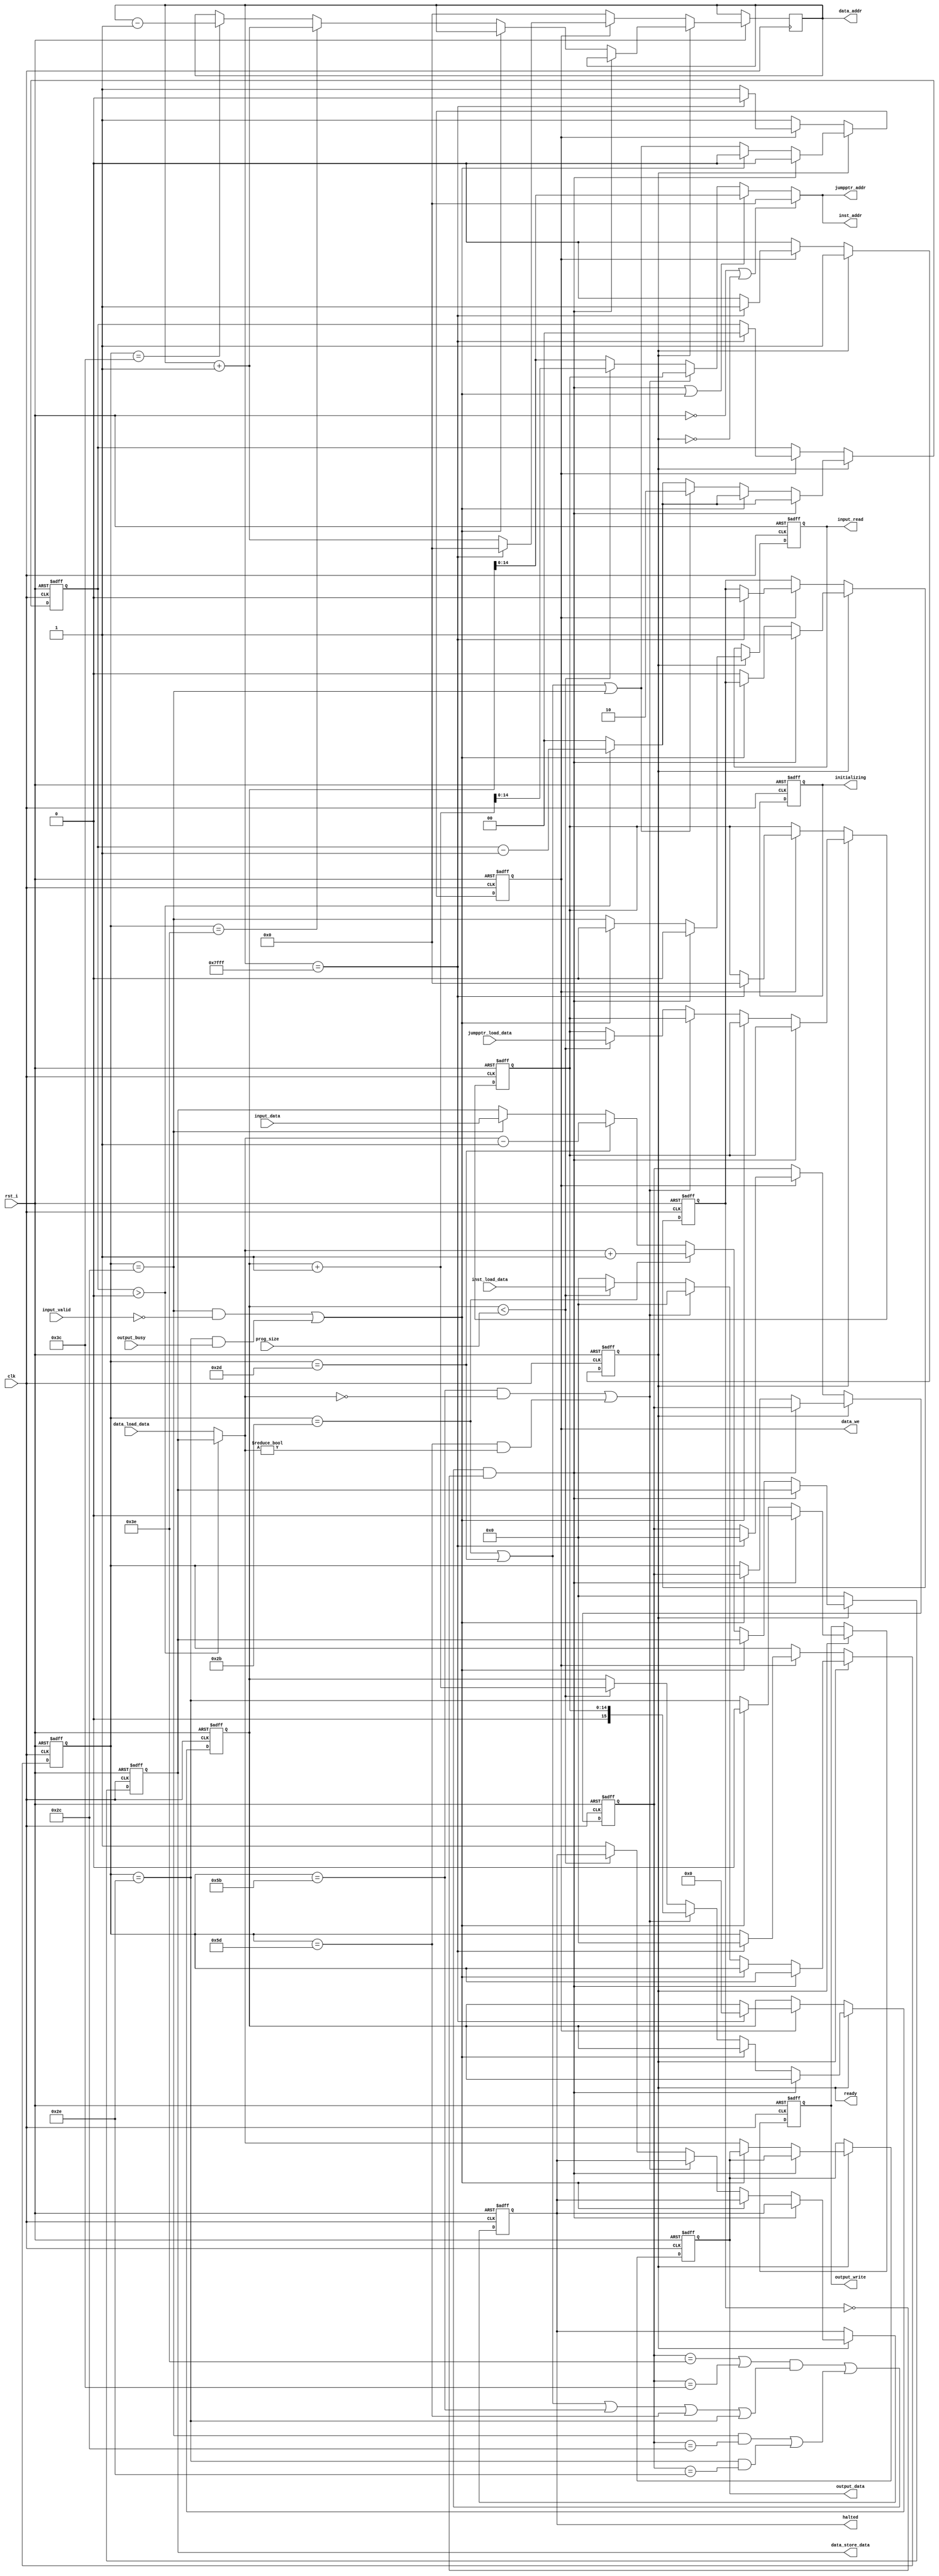
/*
Copyright (c) 2016 MikeCAT

Permission is hereby granted, free of charge, to any person obtaining a copy
of this software and associated documentation files (the "Software"), to
deal in the Software without restriction, including without limitation the
rights to use, copy, modify, merge, publish, distribute, sublicense, and/or
sell copies of the Software, and to permit persons to whom the Software is
furnished to do so, subject to the following conditions:

The above copyright notice and this permission notice shall be included in
all copies or substantial portions of the Software.

THE SOFTWARE IS PROVIDED "AS IS", WITHOUT WARRANTY OF ANY KIND, EXPRESS OR
IMPLIED, INCLUDING BUT NOT LIMITED TO THE WARRANTIES OF MERCHANTABILITY,
FITNESS FOR A PARTICULAR PURPOSE AND NONINFRINGEMENT. IN NO EVENT SHALL THE
AUTHORS OR COPYRIGHT HOLDERS BE LIABLE FOR ANY CLAIM, DAMAGES OR OTHER
LIABILITY, WHETHER IN AN ACTION OF CONTRACT, TORT OR OTHERWISE, ARISING
FROM, OUT OF OR IN CONNECTION WITH THE SOFTWARE OR THE USE OR OTHER
DEALINGS IN THE SOFTWARE.
*/

`default_nettype none

`define CPU_INST_RIGHT 8'h3e // >
`define CPU_INST_LEFT  8'h3c // <
`define CPU_INST_INC   8'h2b // +
`define CPU_INST_DEC   8'h2d // -
`define CPU_INST_WHILE 8'h5b // [
`define CPU_INST_WEND  8'h5d // ]
`define CPU_INST_IN    8'h2c // ,
`define CPU_INST_OUT   8'h2e // .

module brainfuck_cpu(clk, rst_i, initializing, ready, halted, prog_size,
	inst_addr, inst_load_data, jumpptr_addr, jumpptr_load_data,
	data_addr, data_load_data, data_store_data, data_we,
	input_data, input_valid, input_read, output_data, output_write, output_busy);
	parameter INST_ADDR_WIDTH = 15;
	parameter DATA_ADDR_WIDTH = 15;

	input clk;           //  (LOWHIGH = )
	input rst_i;         //  (LOW = )
	output initializing; // 
	output ready;        // 
	output halted;       // 
	input [INST_ADDR_WIDTH:0] prog_size;             // 
	output [INST_ADDR_WIDTH-1:0] inst_addr;          // 
	input [7:0] inst_load_data;                      // 
	output [INST_ADDR_WIDTH-1:0] jumpptr_addr;       // 
	input [INST_ADDR_WIDTH-1:0] jumpptr_load_data;   // 
	output [DATA_ADDR_WIDTH-1:0] data_addr;          // 
	input [7:0] data_load_data;                      // 
	output [7:0] data_store_data;                    // 
	output data_we;                                  //  (HIGH = )
	input [7:0] input_data;   // 
	input input_valid;        //  (HIGH = )
	output input_read;        //  (HIGH = )
	output [7:0] output_data; // 
	output output_write;      //  (HIGH = )
	input output_busy;        //  (LOW = )

	reg initializing;
	reg ready;
	reg halted;
	wire [INST_ADDR_WIDTH-1:0] inst_addr;
	wire [INST_ADDR_WIDTH-1:0] jumpptr_addr;
	wire [DATA_ADDR_WIDTH-1:0] data_addr;
	reg [7:0] data_store_data;
	reg data_we;
	reg input_read;
	reg [7:0] output_data;
	reg output_write;

	reg [INST_ADDR_WIDTH:0] pc;
	wire [INST_ADDR_WIDTH:0] next_pc;
	reg [DATA_ADDR_WIDTH-1:0] data_ptr;
	reg [7:0] inst_if, inst_ex;
	reg [INST_ADDR_WIDTH-1:0] jumpptr;
	reg stalled;
	reg [1:0] forwarding_count;

	assign inst_addr = next_pc;
	assign jumpptr_addr = next_pc;
	assign data_addr = data_ptr;

	// 
	//  ()
	wire do_stall_mem = (
		inst_ex == `CPU_INST_RIGHT || inst_ex == `CPU_INST_LEFT
	) && (
		inst_if == `CPU_INST_INC || inst_if == `CPU_INST_DEC ||
		inst_if == `CPU_INST_WHILE || inst_if == `CPU_INST_WEND ||
		inst_if == `CPU_INST_OUT
	);
	//  ()
	wire do_stall_io = (inst_if == `CPU_INST_IN && inst_ex == `CPU_INST_IN) ||
		(inst_if == `CPU_INST_OUT && inst_ex == `CPU_INST_OUT);

	wire do_stall = (do_stall_mem | do_stall_io) & ~stalled;

	// 
	wire io_wait = (inst_if == `CPU_INST_IN && ~input_valid) ||
		(inst_if == `CPU_INST_OUT && output_busy);

	// 
	wire do_forwarding = (forwarding_count > 0);
	// 
	wire [7:0] load_data = do_forwarding ? data_store_data : data_load_data;

	// 
	wire do_jump = (inst_if == `CPU_INST_WHILE && load_data == 0) ||
		(inst_if == `CPU_INST_WEND && load_data != 0);

	// 
	wire inst_if_mem = (inst_if == `CPU_INST_INC || inst_if == `CPU_INST_DEC || inst_if == `CPU_INST_IN);

	assign next_pc = (~rst_i || ~ready) ? 0 :
		(do_stall || io_wait) ? pc :
		do_jump ? jumpptr :
		(pc < prog_size) ? pc + 1 :
		pc;

	always @(posedge clk or negedge rst_i) begin
		if (~rst_i) begin
			initializing <= 0;
			ready <= 0;
			halted <= 0;
			data_store_data <= 0;
			data_we <= 0;
			input_read <= 0;
			output_data <= 0;
			output_write <= 0;

			pc <= 0;
			inst_if <= 0;
			inst_ex <= 0;
			jumpptr <= 0;
			stalled <= 0;
			forwarding_count <= 0;
		end else begin
			if (~ready) begin
				data_store_data <= 0;
				if (data_we) begin
					if (data_ptr == (1 << DATA_ADDR_WIDTH) - 1) begin
						// 
						data_we <= 0;
						ready <= 1;
						pc <= 0;
						data_ptr <= 0;
						inst_if <= 0;
						inst_ex <= 0;
						jumpptr <= 0;
						stalled <= 0;
						forwarding_count <= 0;
					end else begin
						data_ptr <= data_ptr + 1;
					end
				end else begin
					data_we <= 1;
					data_ptr <= 0;
				end
			end else begin
				if (do_stall) begin
					// 
					stalled <= 1;
					data_we <= 0;
					input_read <= 0;
					output_write <= 0;
					forwarding_count <= (forwarding_count > 0) ? forwarding_count - 1 : 0;
				end else if (io_wait) begin
					// 
					data_we <= 0;
					input_read <= 0;
					output_write <= 0;
					forwarding_count <= (forwarding_count > 0) ? forwarding_count - 1 : 0;
				end else begin
					// 
					stalled <= 0;
					inst_ex <= inst_if;

					// 
					if (do_jump) begin
						// 
						inst_if <= 0;
						pc <= jumpptr;
					end else if (pc < prog_size) begin
						// 
						inst_if <= inst_load_data;
						jumpptr <= jumpptr_load_data;
						pc <= pc + 1;
					end else begin
						// 
						inst_if <= 0;
						halted <= 1;
					end

					// 
					data_ptr <= (inst_if == `CPU_INST_RIGHT) ? data_ptr + 1 :
						(inst_if == `CPU_INST_LEFT) ? data_ptr - 1 :
						data_ptr;
					data_store_data <= (inst_if == `CPU_INST_INC) ? load_data + 1 :
						(inst_if == `CPU_INST_DEC) ? load_data - 1 :
						(inst_if == `CPU_INST_IN) ? input_data :
						data_store_data;
					data_we <= inst_if_mem;
					forwarding_count <= inst_if_mem ? 2 :
						(forwarding_count > 0) ? forwarding_count - 1 : 0;
					input_read <= inst_if == `CPU_INST_IN;
					output_write <= inst_if == `CPU_INST_OUT;
					output_data <= load_data;
				end
			end
		end
	end
endmodule